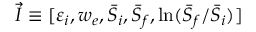
\vec { I } \equiv [ \varepsilon _ { i } , w _ { e } , \bar { S } _ { i } , \bar { S } _ { f } , \ln ( \bar { S } _ { f } / \bar { S } _ { i } ) ]